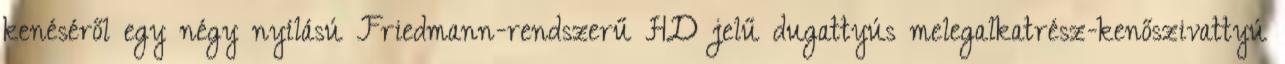
kenéséről egy négy nyílású Friedmann-rendszerű HD jelű dugattyús melegalkatrész-kenőszivattyú